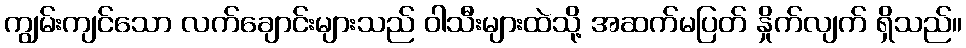
ကျွမ်းကျင်သော လက်ချောင်းများသည် ဝါသီးများထဲသို့ အဆက်မပြတ် နှိုက်လျက် ရှိသည်။